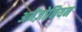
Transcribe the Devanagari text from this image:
अमेंज़ोनियन